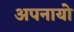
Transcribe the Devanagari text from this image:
अपनायो